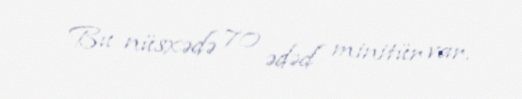
Bu nüsxədə 70 ədəd minitür var.